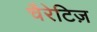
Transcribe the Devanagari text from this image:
चैरेटिज़